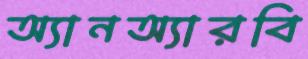
অ্যানঅ্যারবি